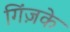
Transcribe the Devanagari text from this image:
गिंज़के